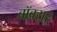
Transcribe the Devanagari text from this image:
बॉक्स़र